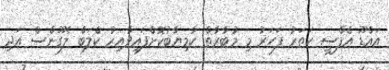
އައްޑޫ އެފްސީ ހަތަރު ފަހަރު މި މުބާރާތް ކާމިޔާބުކޮށްފައިވާއިރު ކްލަބް ލެގޫންސް އަދި